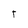
Character: t